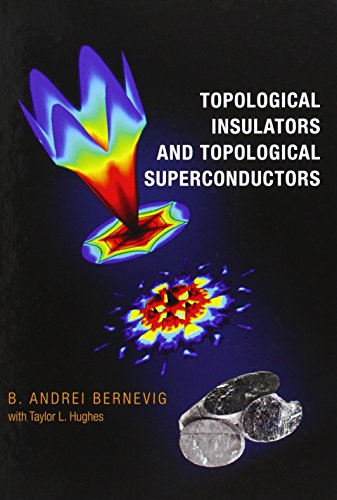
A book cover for Topological Insulators and Topological Superconductors; B. Andrei Bernevig; Science & Math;